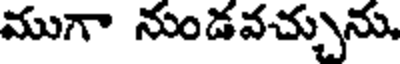
ముగా నుండవచ్చును,